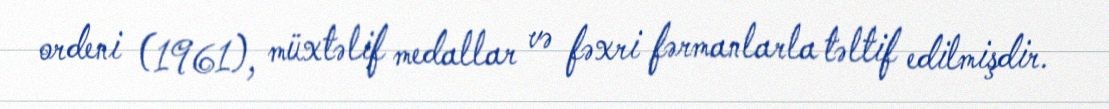
ordeni (1961), müxtəlif medallar və fəxri fərmanlarla təltif edilmişdir.